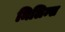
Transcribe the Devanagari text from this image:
मिलिम्स